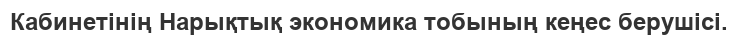
Кабинетінің Нарықтық экономика тобының кеңес берушісі.